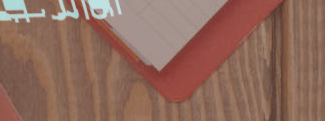
دوكان الأثاث المنزلي عروض